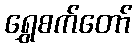
ရွှေစက်တော်